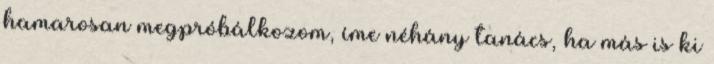
hamarosan megpróbálkozom, íme néhány tanács, ha más is ki